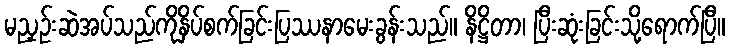
မညှဉ်းဆဲအပ်သည်ကိုနှိပ်စက်ခြင်းပြဿနာမေးခွန်းသည်။ နိဋ္ဌိတာ၊ ပြီးဆုံးခြင်းသို့ရောက်ပြီ။